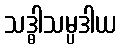
သဒ္ဓါသမ္ပဒါယ